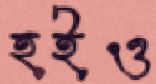
হইও